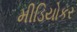
મીડિયોકર